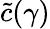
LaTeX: \widetilde c(\gamma)